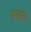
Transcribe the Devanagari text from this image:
डरहम।